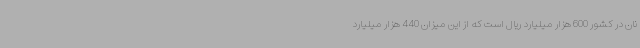
نان در کشور 600 هزار میلیارد ریال است که از این میزان 440 هزار میلیارد